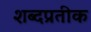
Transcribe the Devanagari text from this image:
शब्दप्रतीक